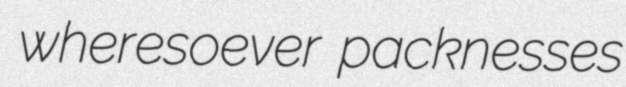
wheresoever packnesses